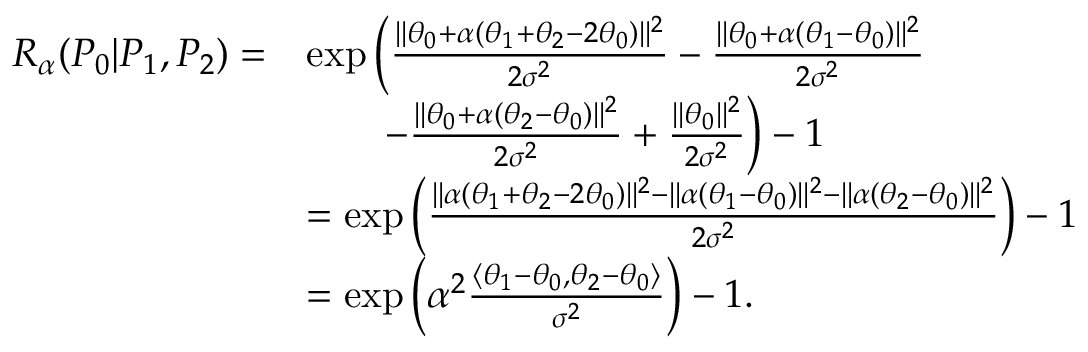
\begin{array} { r l } { { R _ { \alpha } } ( P _ { 0 } | P _ { 1 } , P _ { 2 } ) = } & { \exp \Big ( \frac { \| \theta _ { 0 } + \alpha ( \theta _ { 1 } + \theta _ { 2 } - 2 \theta _ { 0 } ) \| ^ { 2 } } { 2 \sigma ^ { 2 } } - \frac { \| \theta _ { 0 } + \alpha ( \theta _ { 1 } - \theta _ { 0 } ) \| ^ { 2 } } { 2 \sigma ^ { 2 } } } \\ & { \quad \quad - \frac { \| \theta _ { 0 } + \alpha ( \theta _ { 2 } - \theta _ { 0 } ) \| ^ { 2 } } { 2 \sigma ^ { 2 } } + \frac { \| \theta _ { 0 } \| ^ { 2 } } { 2 \sigma ^ { 2 } } \Big ) - 1 } \\ & { = \exp \Big ( \frac { \| \alpha ( \theta _ { 1 } + \theta _ { 2 } - 2 \theta _ { 0 } ) \| ^ { 2 } - \| \alpha ( \theta _ { 1 } - \theta _ { 0 } ) \| ^ { 2 } - \| \alpha ( \theta _ { 2 } - \theta _ { 0 } ) \| ^ { 2 } } { 2 \sigma ^ { 2 } } \Big ) - 1 } \\ & { = \exp \Big ( \alpha ^ { 2 } \frac { \langle \theta _ { 1 } - \theta _ { 0 } , \theta _ { 2 } - \theta _ { 0 } \rangle } { \sigma ^ { 2 } } \Big ) - 1 . } \end{array}